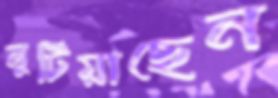
লুটিয়াছেন